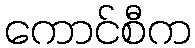
ကောင်စီက